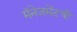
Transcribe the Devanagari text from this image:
मॅनेजमेंटची